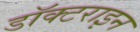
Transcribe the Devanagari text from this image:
डॉक्टराइन